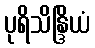
ပုရိသိန္ဒြိယံ